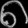
Digit: ၈